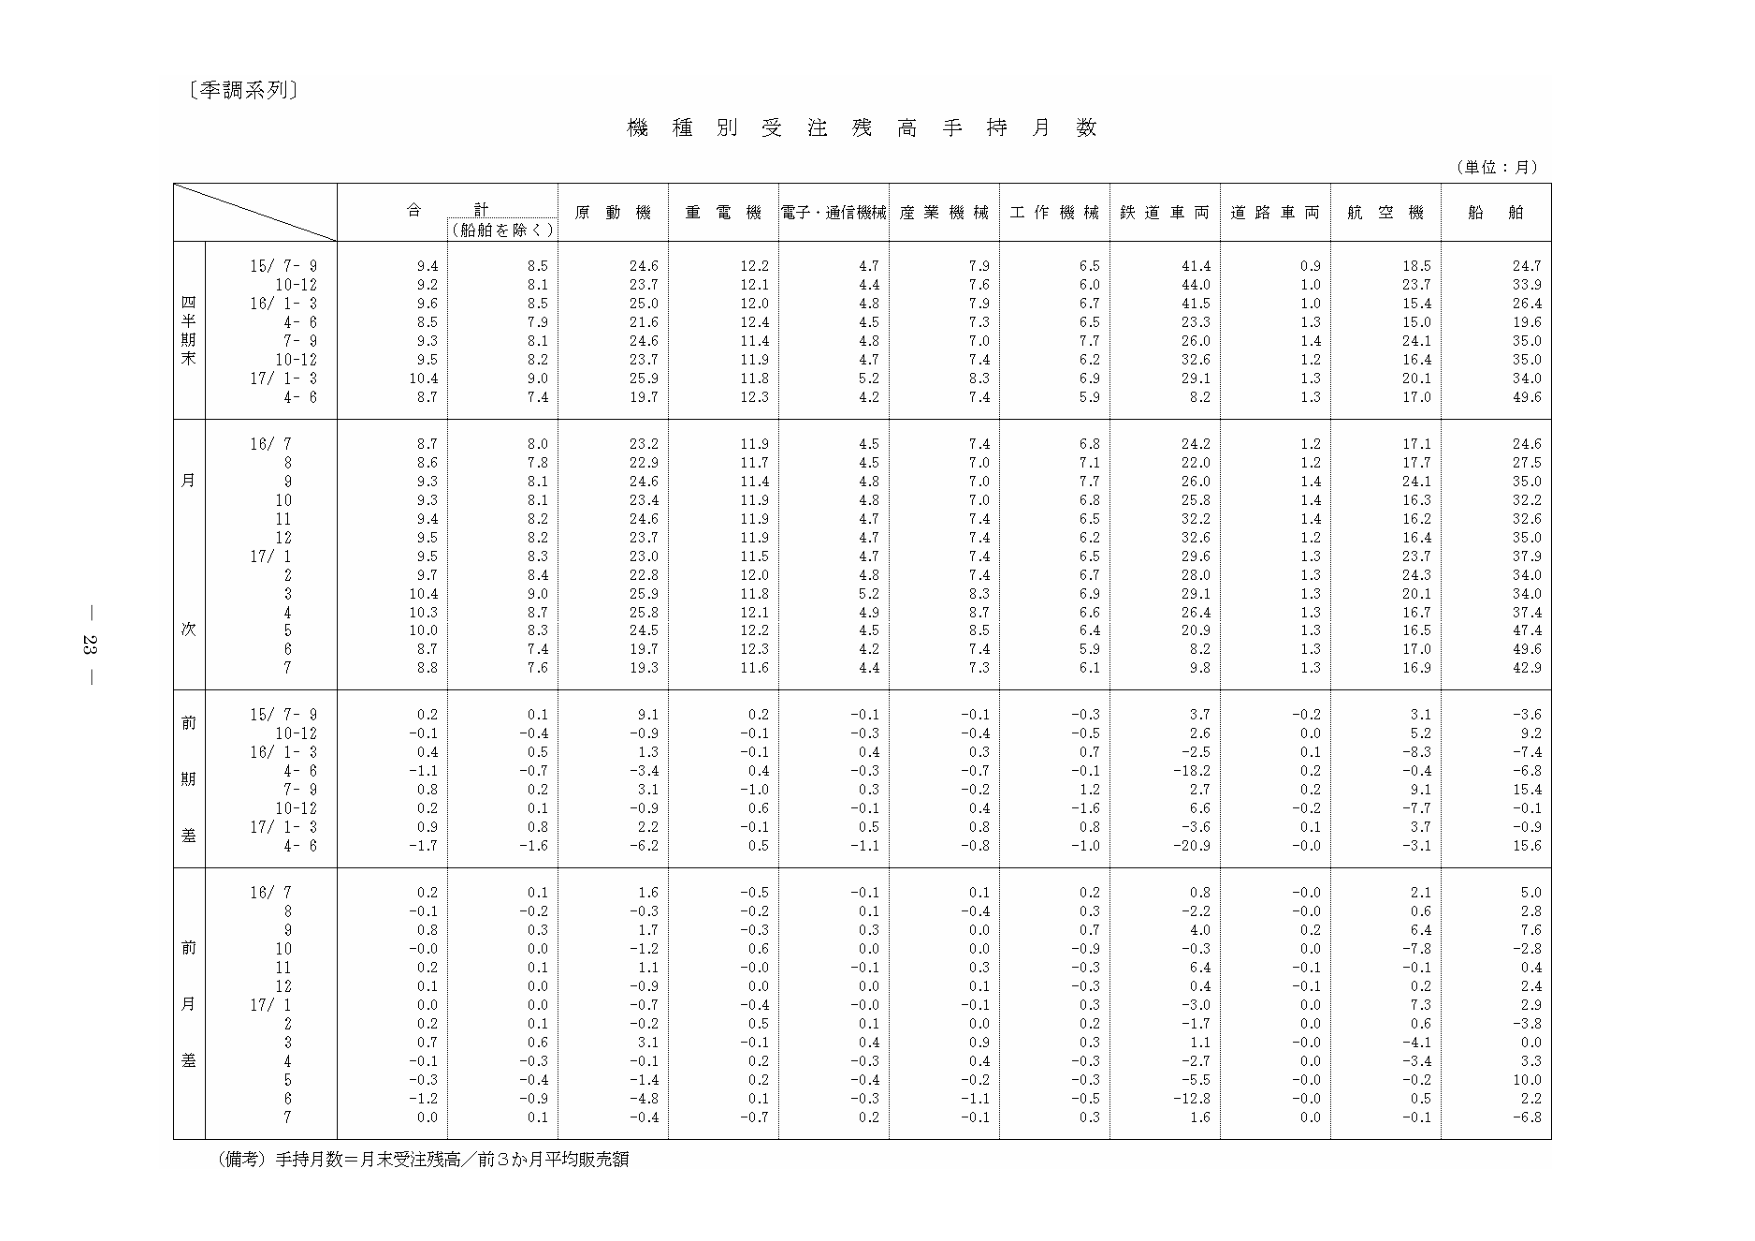
〔季調系列〕

機 種 別 受 注 残 高 手 持 月 数

（単位：月）

　　　　　　　　　　合　　計